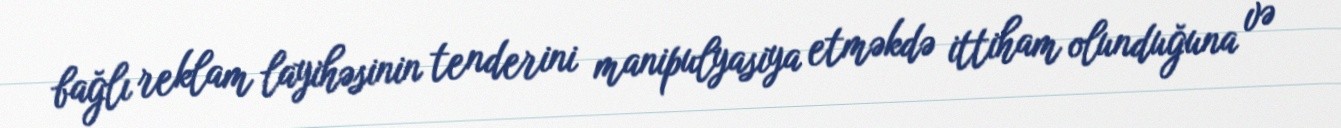
bağlı reklam layihəsinin tenderini manipulyasiya etməkdə ittiham olunduğuna və